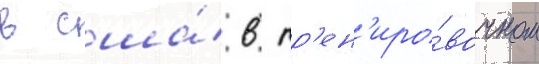
в сша́ в тр'ен'иро́вочном